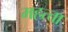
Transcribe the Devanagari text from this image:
महत्त्ता